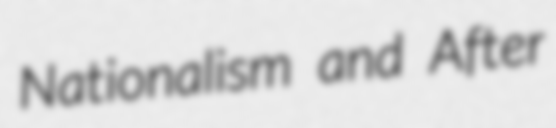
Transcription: Nationalism and After